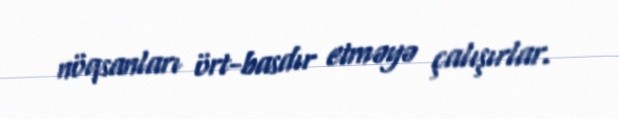
nöqsanları ört-basdır etməyə çalışırlar.